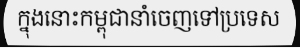
ក្នុងនោះកម្ពុជានាំចេញទៅប្រទេស